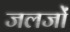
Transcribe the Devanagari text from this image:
जलजों